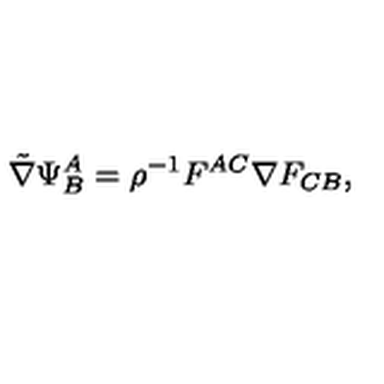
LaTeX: { \tilde { \nabla } } \Psi _ { B } ^ { A } = \rho ^ { - 1 } F ^ { A C } \nabla F _ { C B } ,